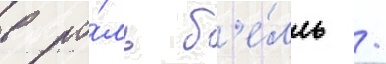
в ро́ль б'е́лль /